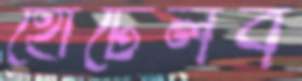
হোটেলব